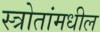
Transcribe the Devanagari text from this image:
स्त्रोतांमधील